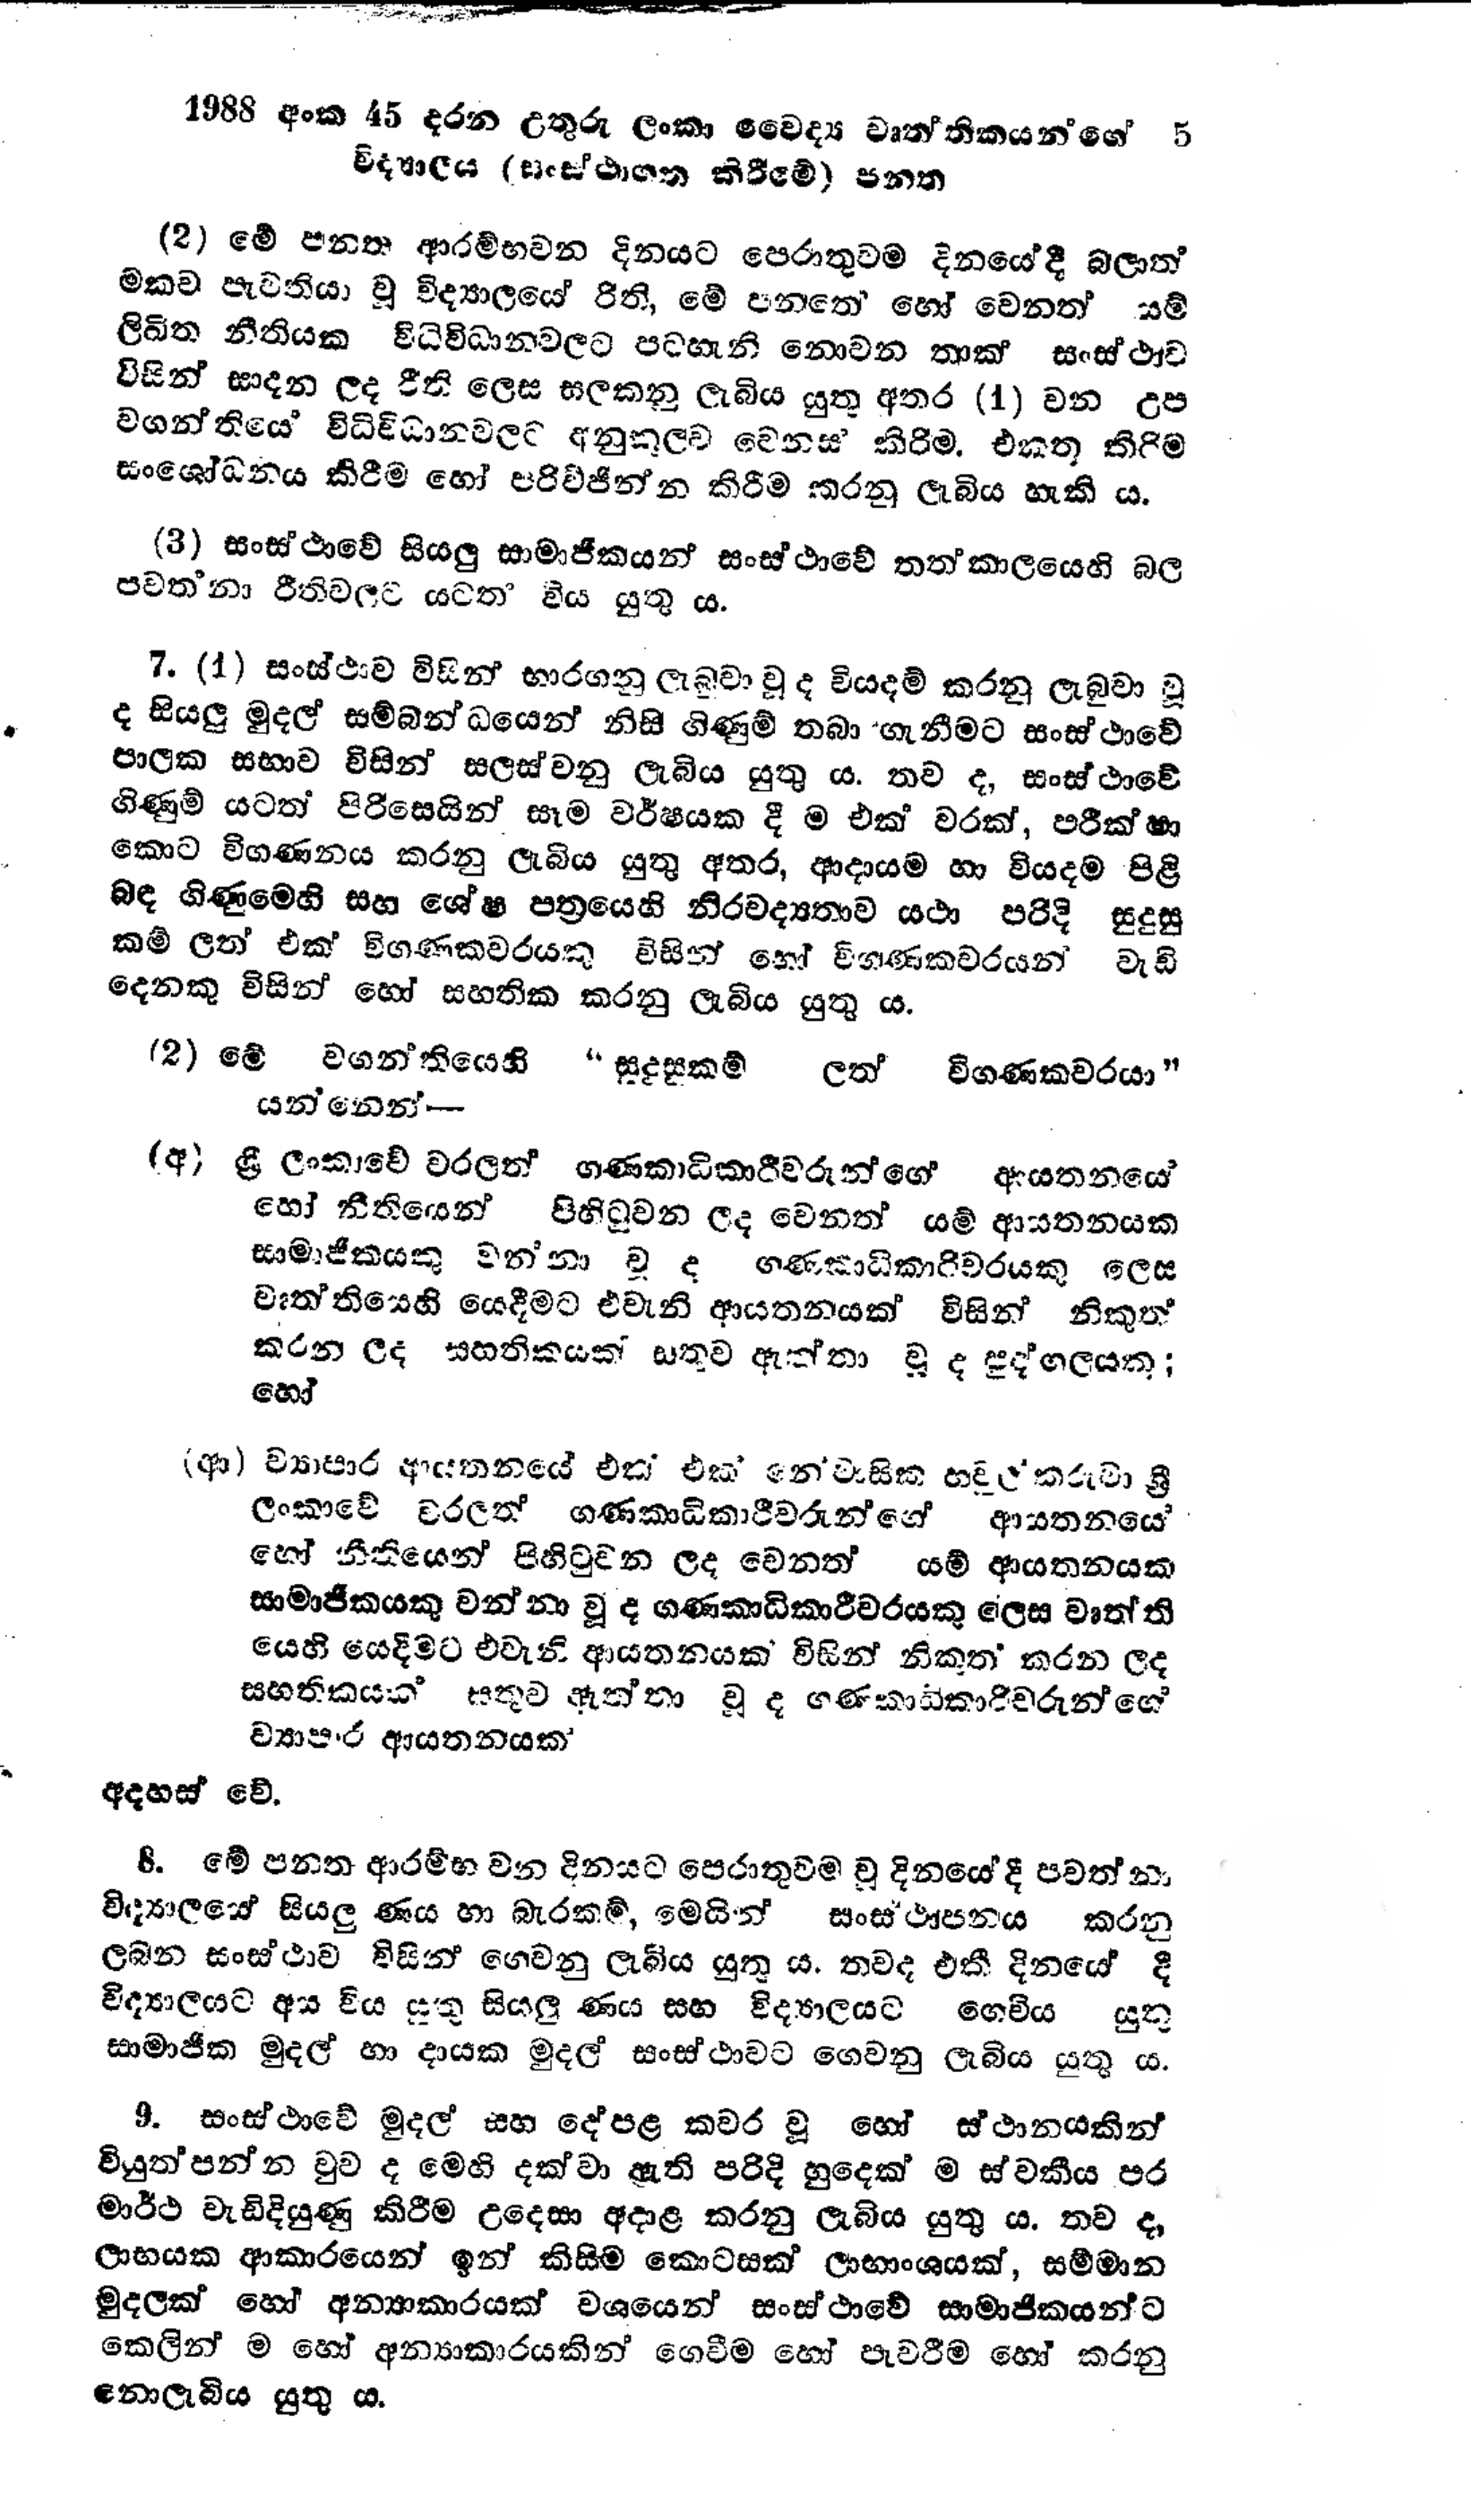
1988 අංක 45 දරන උතුරු ලංකා වෛද්‍ය වෘත්තිකයන්ගේ 5
විද්‍යාලය (සංස්ථාගත කිරීමේ) පනත

(2) මේ පනත ආරම්භවන දිනයට පෙරාතුවම දිනයේ දී බලාත්
මකව පැවතියා වූ විද්‍යාලයේ රීති, මේ පනතේ හෝ වෙනත් යම්
ලිඛිත නීතියක විධි විධාන වලට පටහැනි නොවන තාක් සංස්ථාව
විසින් සාදන ලද රීති ලෙස සලකනු ලැබිය යුතු අතර (1) වන උප
වගන්තියේ  විධිවිධානවලට අනුකූලව වෙනස් කිරිම. එකතු කිරිම
සංශෝධනය කිරීම හෝ පරිච්ජින්න කිරීම කරනු ලැබිය හැකි ය.

(3) සංස්ථාවේ සියලු සාමාජිකයන් සංස්ථාවේ තත්කාලයෙහි බල
පවත්නා රීති වලට යටත් විය යුතු ය.

7. (1) සංස්ථාව විසින් භාරගනු ලැබුවා වූ ද වියදම් කරනු ලැබුවා වූ
ද සියලු මුදල් සම්බන්ධයෙන් නිසි ගිණුම් තබා ගැනීමට සංස්ථාවේ
පාලක සභාව විසින් සලස්වනු ලැබිය යුතු ය. තව ද, සංස්ථාවේ
ගිණුම් යටත් පිරිසෙයින් සෑම වර්ෂයක දී ම එක් වරක්, පරීක්ෂා
කොට විගණනය කරනු ලැබිය යුතු අතර, ආදායම හා වියදම පිළි
බඳ ගිණුමෙහි සහ ශේෂ පත්‍රයෙහි නිරවද්‍යතාව යථා පරිදි සුදුසු
කම් ලත් එක් විගණකවරයකු විසින් හෝ විගණකවරයන් වැඩි
දෙනකු විසින් හෝ සහතික කරනු ලැබිය යුතු ය.

(2) මේ වගන්තියෙහි "සුදුසුකම් ලත් විගණකවරයා"
යන්නෙන්-

(අ) ශ්‍රී ලංකාවේ වරලත් ගණකාධිකාරීවරුන්ගේ ආයතන‍යේ
හෝ නීතියෙන් පිහිටුවන ලද වෙනත් යම් ආයතනයක
සාමාජිකයකු වන්නා වූ ද ගණකාධිකාරිවරයකු ලෙස
වෘත්තියෙහි යෙදීමට එවැනි ආයතනයක් විසින් නිකුත්
කරන ලද සහතිකයක් සතුව ඇත්තා වූ ද පුද්ගලයකු;
හෝ

(ආ) ව්‍යාපාර ආයතනයේ එක් එක් නේවාසික හවුල් කරුවා ශ්‍රී
ලංකාවේ වරලත් ගණකාධිකාරීවරුන්ගේ ආයතනයේ
හෝ නීතියෙන් පිහිටුවන ලද වෙනත් යම් ආයතනයක
සාමාජිකයකු වන්නා වූ ද ගණකාධිකාරීවරයකු ලෙස වෘත්ති
යෙහි යෙදීමට එවැනි ආයතනයක විසින් නිකුත් කරන ලද
සහතිකයක් සතුව ඇත්තා වූ ද ගණකාධිකාරිවරුන්ගේ
ව්‍යාපාර ආයතනයක්

අදහස් වේ.

8. මේ පනත ආරම්භ වන දිනයට පෙරාතුවම වූ දිනයේ දී පවත්නා
විද්‍යාලයේ සියලු ණය හා බැරකම්, මෙයින් සංස්ථාපනය කරනු
ලබන සංස්ථාව විසින් ගෙවනු ලැබිය යුතු ය. තවද එකී දිනයේ දී
විද්‍යාලයට අය විය යුතු සියලු ණය සහ විද්‍යාලයට ගෙවිය යුතු
සාමාජික මුදල් හා දායක මුදල් සංස්ථාවට ගෙවනු ලැබිය යුතු ය.

9. සංස්ථාවේ මුදල් සහ දේපළ කවර වූ හෝ ස්ථානයකින්
වියුත්පන්න වුව ද මෙහි දක්වා ඇති පරිදි හුදෙක් ම ස්වකීය පර
මාර්ථ වැඩිදියුණු කිරීම උදෙසා අදාළ කරනු ලැබිය යුතු ය. තව ද,
ලාභයක ආකාරයෙන් ඉන් කිසිම කොටසක් ලාභාංශයක්, සම්මාන
මුදලක් හෝ අන්‍යාකාරයක් වශයෙන් සංස්ථාවේ සාමාජිකයන්ට
කෙලින් ම හෝ අන්‍යාකාරයකින් ගෙවීම හෝ පැවරීම හෝ කරනු
නොලැබිය යුතු ය.